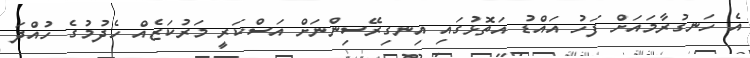
އެ ހަނގުރާމައަށް ފަހު އައްޑު އަތޮޅުގައި އިނގިރޭސިންނަށް އަސްކަރީ މަރުކަޒެއް ހެދުމުގެ ހުއްދަ